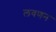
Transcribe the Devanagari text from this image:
लवणन